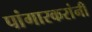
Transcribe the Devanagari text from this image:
पांगारकरांनी